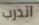
اتدرب